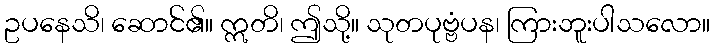
ဥပနေသိ၊ ဆောင်၏။ ဣတိ၊ ဤသို့။ သုတပုဗ္ဗံပန၊ ကြားဘူးပါသလော။